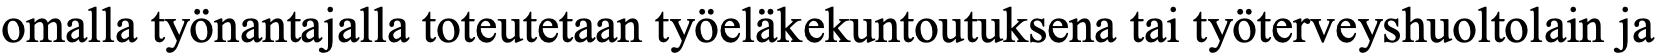
omalla työnantajalla toteutetaan työeläkekuntoutuksena tai työterveyshuoltolain ja